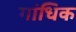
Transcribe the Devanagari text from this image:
गांधिक